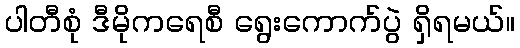
ပါတီစုံ ဒီမိုကရေစီ ရွေးကောက်ပွဲ ရှိရမယ်။